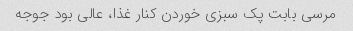
مرسی بابت پک سبزی خوردن کنار غذا، عالی بود جوجه